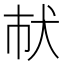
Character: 𤜲